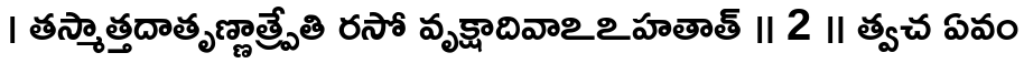
। తస్మాత్తదాతృణ్ణాత్ప్రేతి రసో వృక్షాదివాఽఽహతాత్ ॥ 2 ॥ త్వచ ఏవం